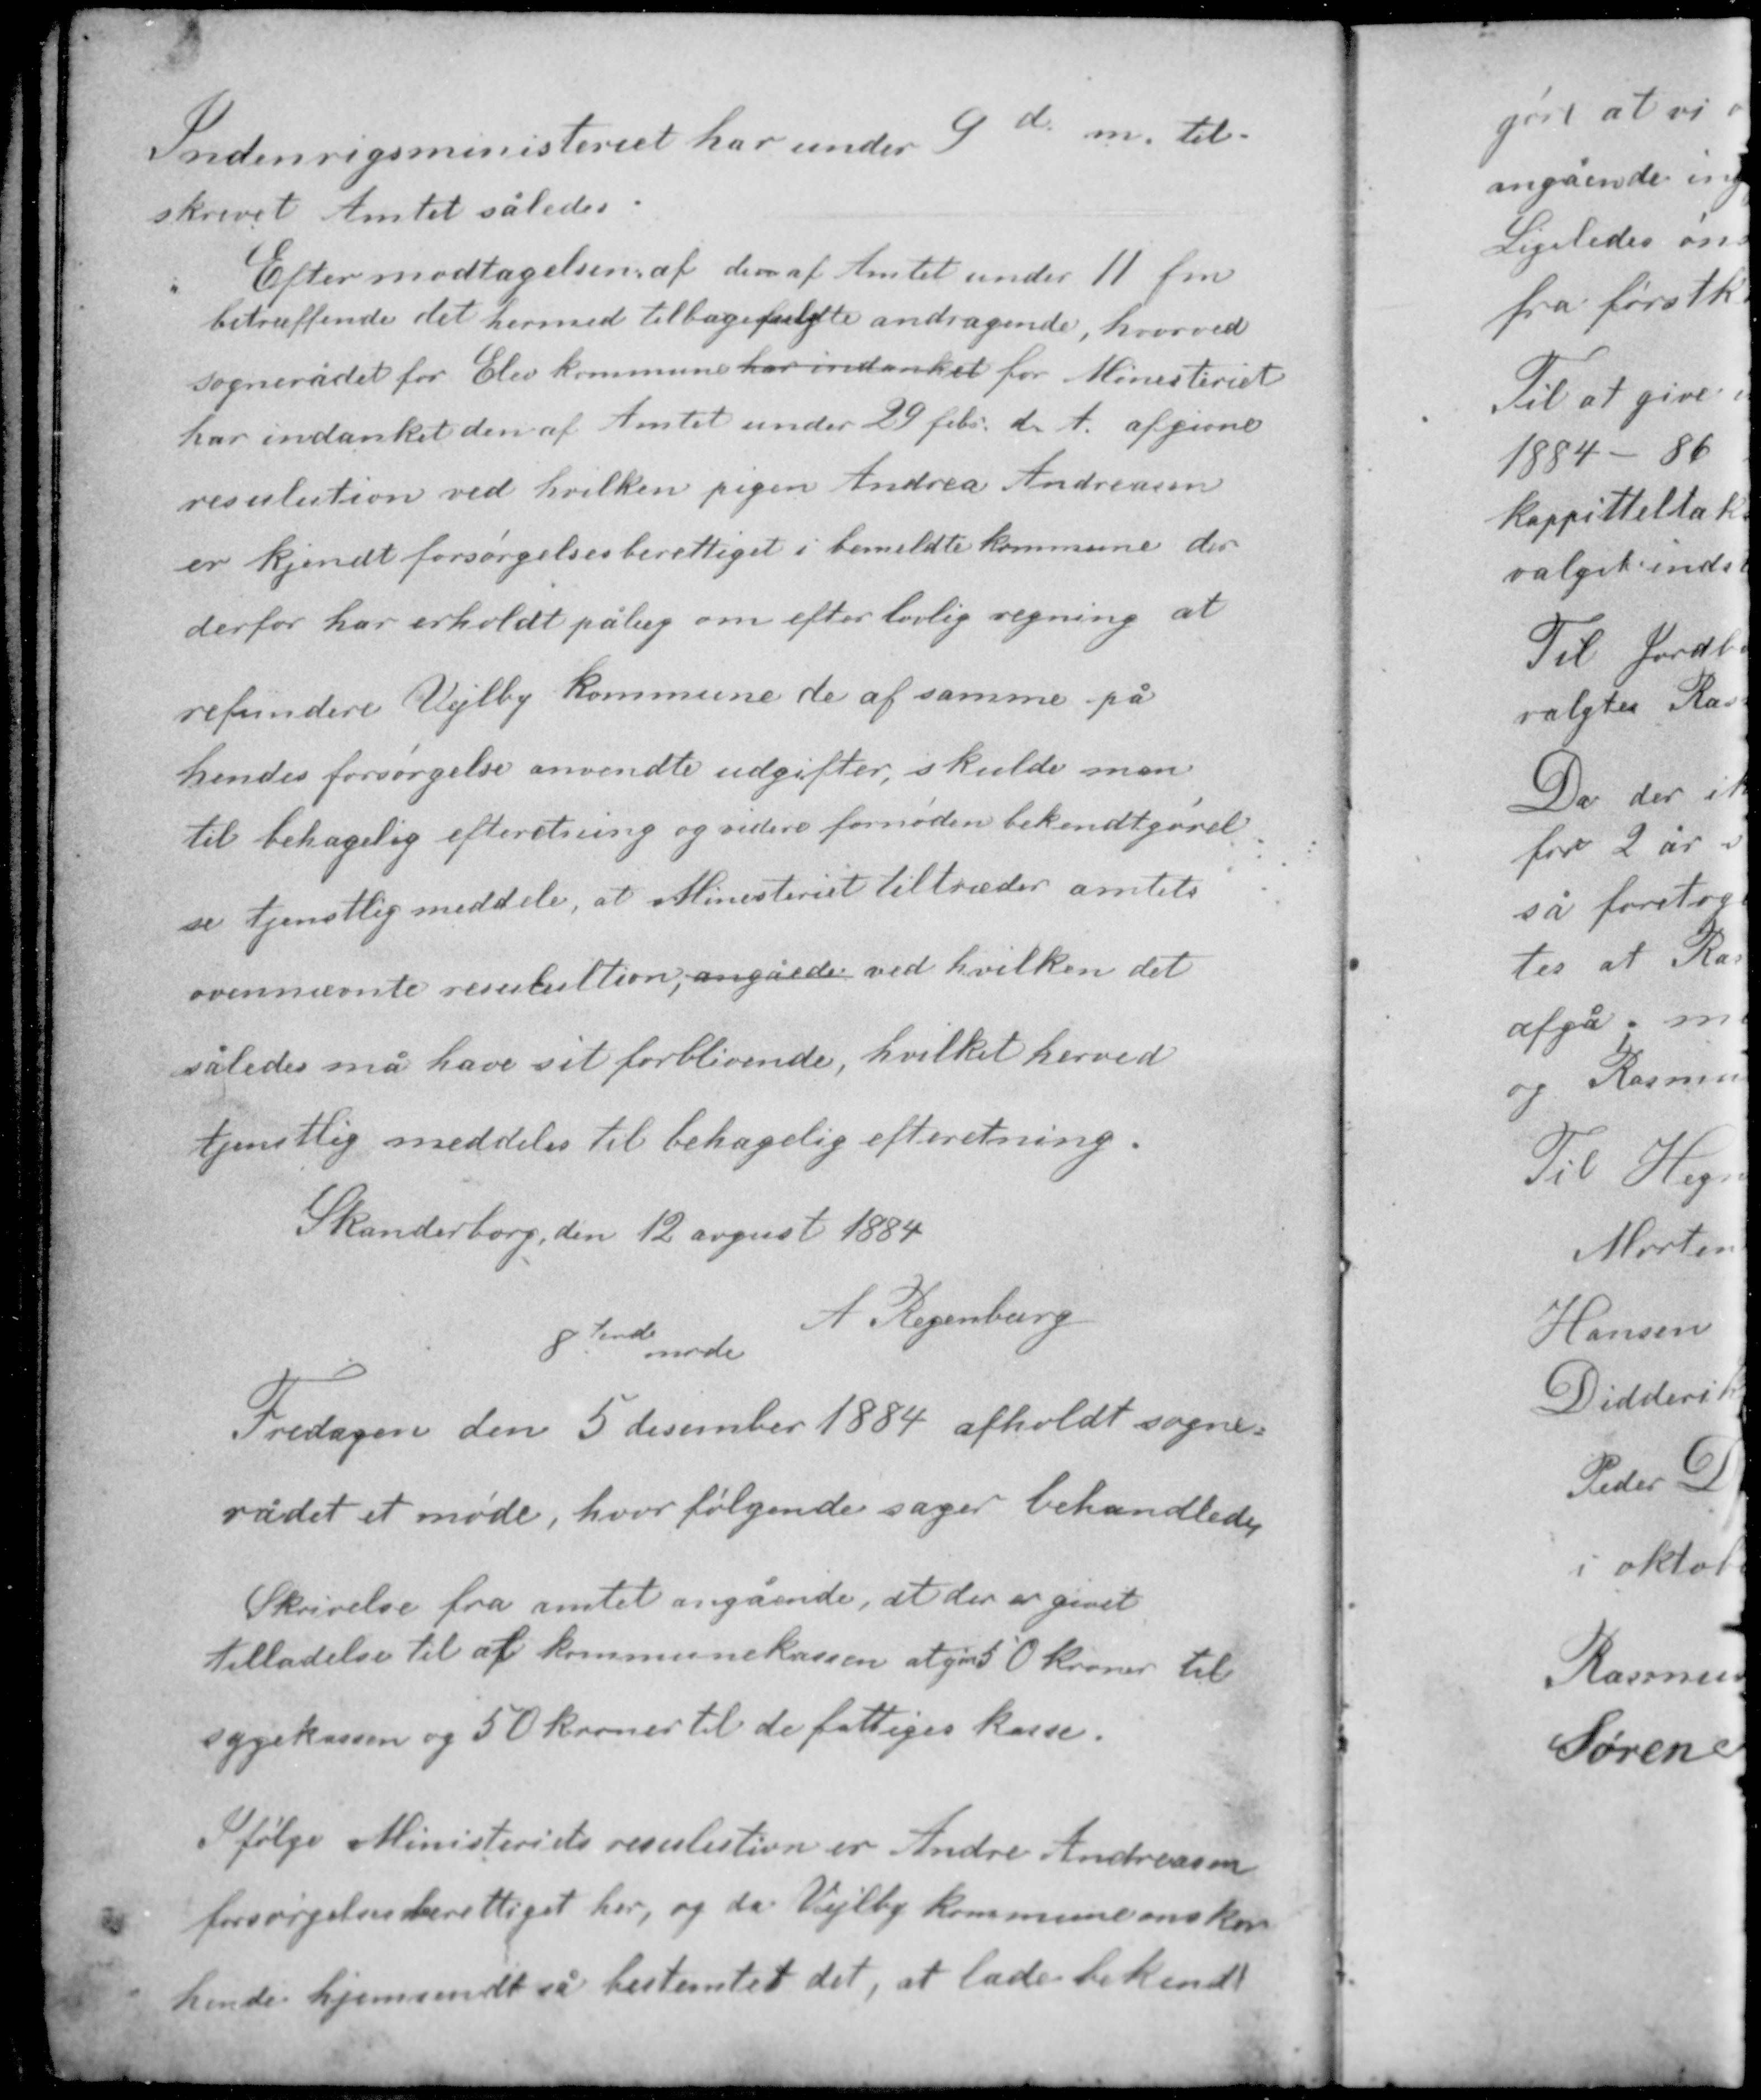
Transskription:
Indenrigsministeriet har under 9 d. m. til-
skrevet Amtet således:

Efter modtagelsen af den af Amtet under 11 fm
betruffende det hermed tilbage andragende, hvorved
sognerådet for Elev kommune har indanket for Ministeriet
har indanket den af Amtet under 29 febr. d. Å. afgivne
resulution ved hvilken pigen Andrea Andreasen
er kjendt forsørgelsesberettiget i bemeldte kommune der
derfor har erholdt pålæg om efter lovlig regning at

refundere Vejlby kommune de af samme på
hendes forsørgelse anvendte udgifter, skulde man
til behagelig efterretning og videre fornøden bekendtgørel-
se tjenstlig meddele, at Ministeriet tiltræder amtets
ovennævnte resulultion, angåede ved hvilken det
således må have sit forblivende, hvilket herved
tjenstlig meddeles til behagelig efterretning.

Skanderborg den 12 august 1884
A. Regenburg
8tende møde

Fredagen den 5 december 1884 afholdt sogne-
rådet et møde, hvor følgende sager behandledes.
Skrivelse fra amtet angående, at der er givet
tilladelse til af kommunekassen at give 50 kroner til
sygekassen og 50 kroner til de fattiges kasse.

Ifølge Ministeriets resulution er Andrea Andreasen
forsørgelsesberettiget her, og da Vejlby kommune ønsker
hende hjemsendt så bestemtes det, at lade bekendt